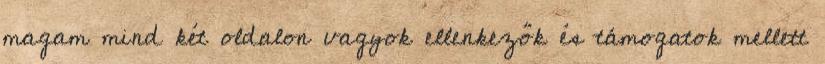
magam mind két oldalon vagyok ellenkezők és támogatok mellett